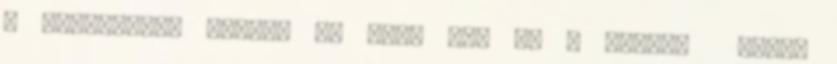
a datumokat, hogyan is volt ez. Ha a gyarto elado